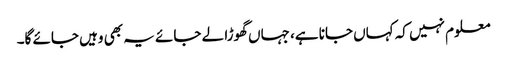
معلوم نہیں کہ کہاں جانا ہے، جہاں گھوڑا لے جائے یہ بھی وہیں جائے گا۔